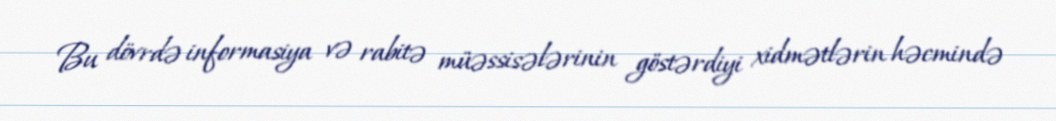
Bu dövrdə informasiya və rabitə müəssisələrinin göstərdiyi xidmətlərin həcmində